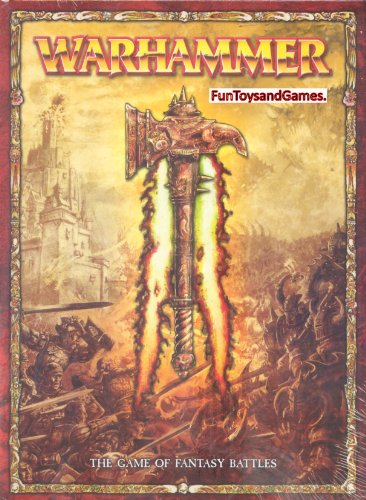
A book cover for Warhammer Fantasy Rulebook Eighth 8th Edition - Hardcover Rulebook - English; author; Science Fiction & Fantasy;